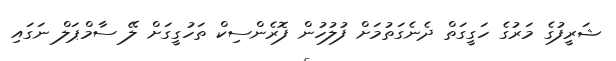
ޝަރީފުގެ މަރުގެ ހަގީގަތް ދެނެގަތުމަށް ފުލުހުން ފޮރެންސިކް ތަހުގީގަށް ލޭ ސާމްޕަލް ނަގައި